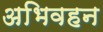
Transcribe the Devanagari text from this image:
अभिवहन